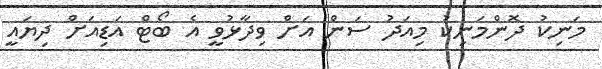
މަނިކު ދޮންމަނިކު މިއަދު ސަން އަށް ވިދާޅުވީ އެ ބޯޓް އަޑިއަށް ދިޔައީ